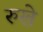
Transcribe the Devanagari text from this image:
रुखे